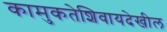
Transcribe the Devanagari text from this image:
कामुकतेशिवायदेखील